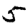
Digit: 5